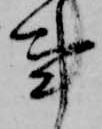
事